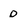
Character: D